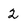
Character: 2